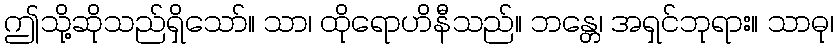
ဤသို့ဆိုသည်ရှိသော်။ သာ၊ ထိုရောဟိနီသည်။ ဘန္တေ၊ အရှင်ဘုရား။ သာဓု၊